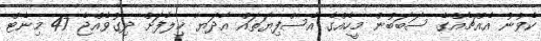
ކެވުނު އެއްޗެއްގެ ސަބަބުން މީހެއްގެ އެސްފިޔަތައް އާދަޔާ ޚިލާފަށް ދިގުވެއްޖެ 47 މިނެޓް